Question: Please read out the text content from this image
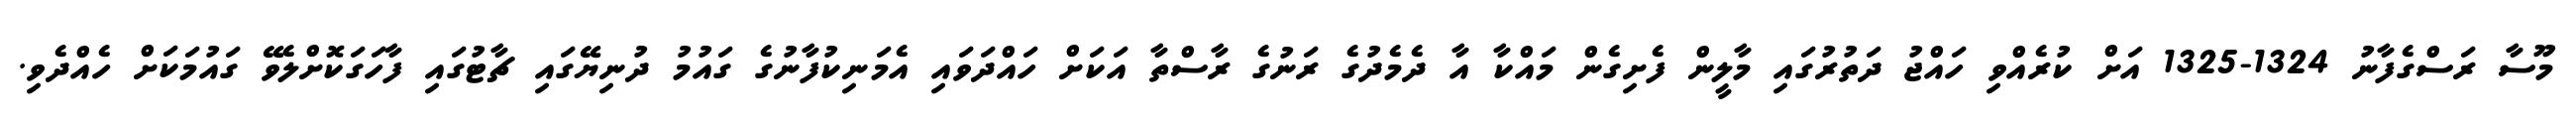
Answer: މޫސާ ރަސްގެފާނު 1324-1325 އަށް ކުރެއްވި ހައްޖު ދަތުރުގައި މާލީން ފެށިގެން މައްކާ އާ ދެމެދުގެ ރަނުގެ ރާސްތާ އަކަށް ހައްދަވައި އެމަނިކުފާނުގެ ގައުމު ދުނިޔޭގައި ޗާޓުގައި ފާހަގަކޮށްލެވޭ ގައުމަކަށް ހެއްދެވި.